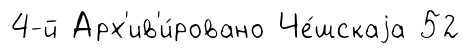
4-й Арх'ив'и́ровано Че́шскаjа 52